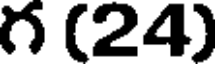
గ (24)